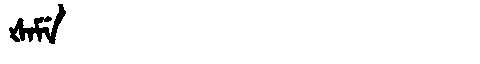
Manchu: ᡧᠠᠮᡝ
Romanization: ŠAME